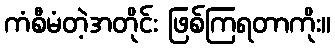
ကံစီမံတဲ့အတိုင်း ဖြစ်ကြရတာကိုး။